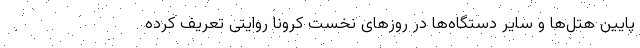
پایین هتل‌ها و سایر دستگاه‌ها در روزهای نخست کرونا روایتی تعریف کرده